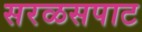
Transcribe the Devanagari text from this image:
सरळसपाट